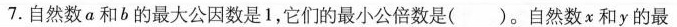
7.自然数a和b的最大公因数是1，它们的最小公倍数是( )。自然数χ和y的最